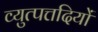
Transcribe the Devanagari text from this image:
व्युत्पत्तदियों